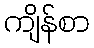
ကျိန်စာ